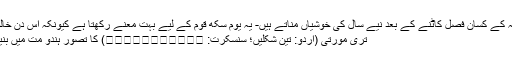
اس دن پنجاب اور ہریانہ کے کسان فصل کاٹنے کے بعد نیے سال کی خوشیاں مناتے ہیں- یہ یوم سکھ قوم کے لیے بہت معنے رکھتا ہے کیونکہ اس دن خالصہ کا استحکام ہوا تھا-
تری مورتی (اردو: تین شکلیں؛ سنسکرت: त्रिमूर्तिः) کا تصور ہندو مت میں بنیادی اہمیت کاحامل ہے۔